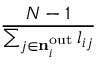
\frac { N - 1 } { \sum _ { j \in { { \mathbf { n } } _ { i } ^ { \mathrm { o u t } } } } l _ { i j } }